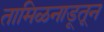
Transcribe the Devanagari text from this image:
तामिळनाडूतून